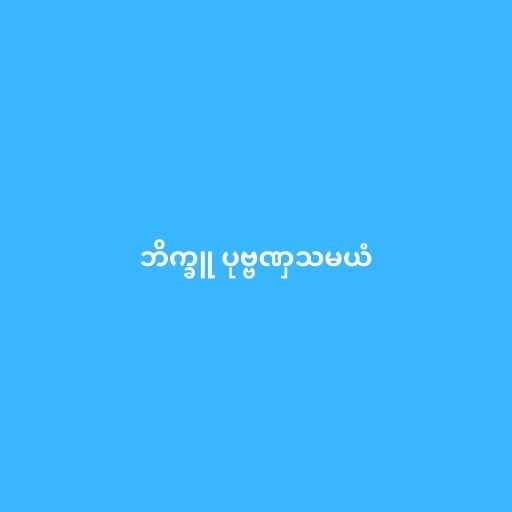
ဘိက္ခူ ပုဗ္ဗဏှသမယံ